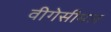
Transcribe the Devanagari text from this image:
वीगेसीमल